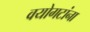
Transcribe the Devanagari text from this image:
वयोगटांना